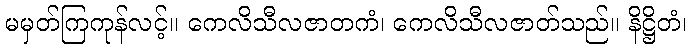
မမှတ်ကြကုန်လင့်။ ကေလိသီလဇာတကံ၊ ကေလိသီလဇာတ်သည်။ နိဋ္ဌိတံ၊